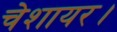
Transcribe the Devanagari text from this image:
चेशायर।